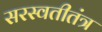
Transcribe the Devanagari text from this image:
सरस्वतीतंत्र